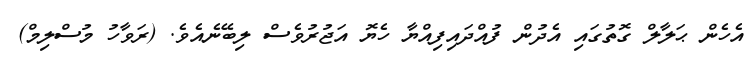
އެހެން ޙަލާލް ގޮތުގައި އެދުން ފުއްދައިފިއްޔާ ހެޔޮ އަޖުރުވެސް ލިބޭނެއެވެ. (ރަވާހު މުސްލިމް)